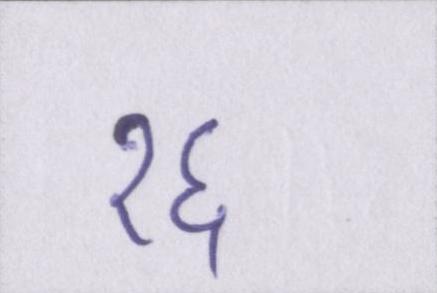
१६